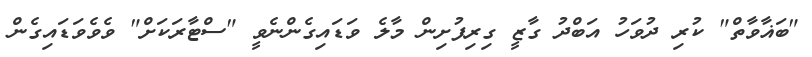
"ބަޣާވާތް" ކުރި ދުވަހު އަބްދު ގާޒީ ގިރިފުށިން މާލެ ވަޑައިގެންނެވީ "ސްޓާރަކަށް" ވެވެވަޑައިގެން